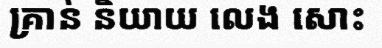
គ្រាន់ និយាយ លេង សោះ